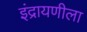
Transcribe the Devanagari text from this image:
इंद्रायणीला